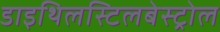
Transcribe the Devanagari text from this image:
डाइथिलस्टिलबेस्ट्रोल